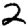
Digit: 2